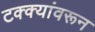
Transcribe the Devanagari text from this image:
टक्‍क्‍यांवरून